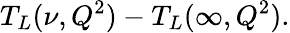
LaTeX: T_{L}(\nu,Q^{2})-T_{L}(\infty,Q^{2}).